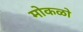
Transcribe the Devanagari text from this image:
मोकळो